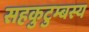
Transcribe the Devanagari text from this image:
सहकुटुम्बस्य